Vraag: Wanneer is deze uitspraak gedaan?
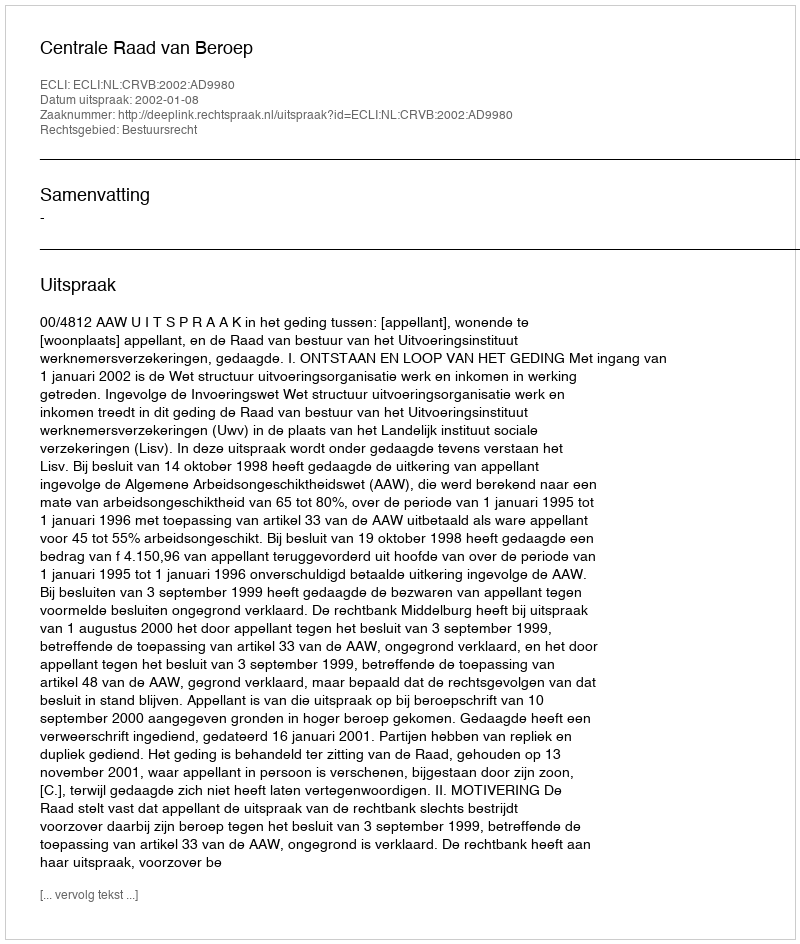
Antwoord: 2002-01-08